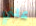
علني